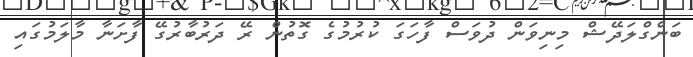
ބަންގްލަދޭޝް މިނިވަން ދުވަސް ފާހަގަ ކުރުމުގެ ގޮތުން ރޭ ދަރުބާރުގޭ ފާށަނާ މާލަމުގައި